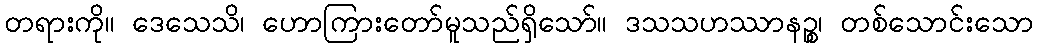
တရားကို။ ဒေသေသိ၊ ဟောကြားတော်မူသည်ရှိသော်။ ဒသသဟဿာနဉ္စ၊ တစ်သောင်းသော